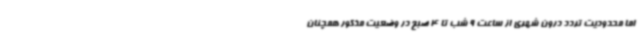
اما محدودیت تردد درون شهری از ساعت 9 شب تا 4 صبح در وضعیت مذکور همچنان